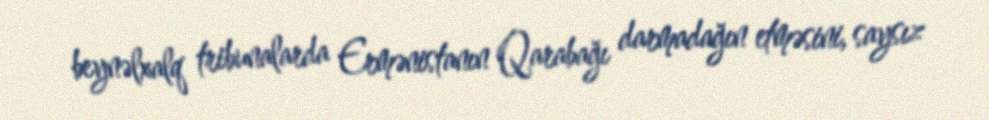
beynəlxalq tribunalarda Ermənistanın Qarabağı darmadağın etməsini, saysız